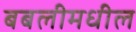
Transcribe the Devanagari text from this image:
बबलीमधील